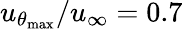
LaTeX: u_{\theta_{\mathrm{max}}}/u_{\infty}=0.7